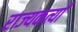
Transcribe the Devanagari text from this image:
राज्यकर्त्यां